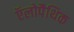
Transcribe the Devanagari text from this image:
ऍलोपैथिक